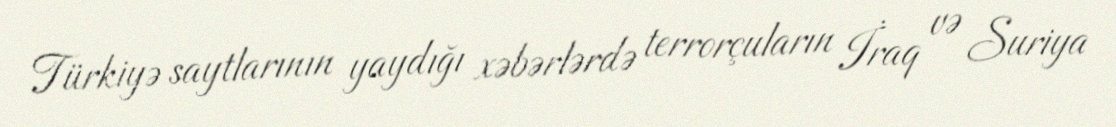
Türkiyə saytlarının yaydığı xəbərlərdə terrorçuların İraq və Suriya